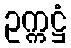
ဥက္ကဋ္ဌံ